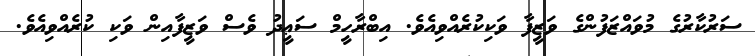
ސަރުކާރުގެ މުވައްޒަފުންގެ ވަޒީފާ ވަކިކުރެއްވިއެވެ. އިބްރާހީމް ސަޢީދު ވެސް ވަޒީފާއިން ވަކި ކުރެއްވިއެވެ.